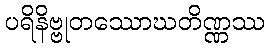
ပရိနိဗ္ဗုတဿောဃတိဏ္ဏဿ